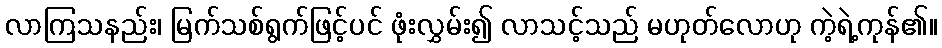
လာကြသနည်း၊ မြက်သစ်ရွက်ဖြင့်ပင် ဖုံးလွှမ်း၍ လာသင့်သည် မဟုတ်လောဟု ကဲ့ရဲ့ကုန်၏။